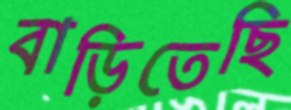
বাড়িতেছি